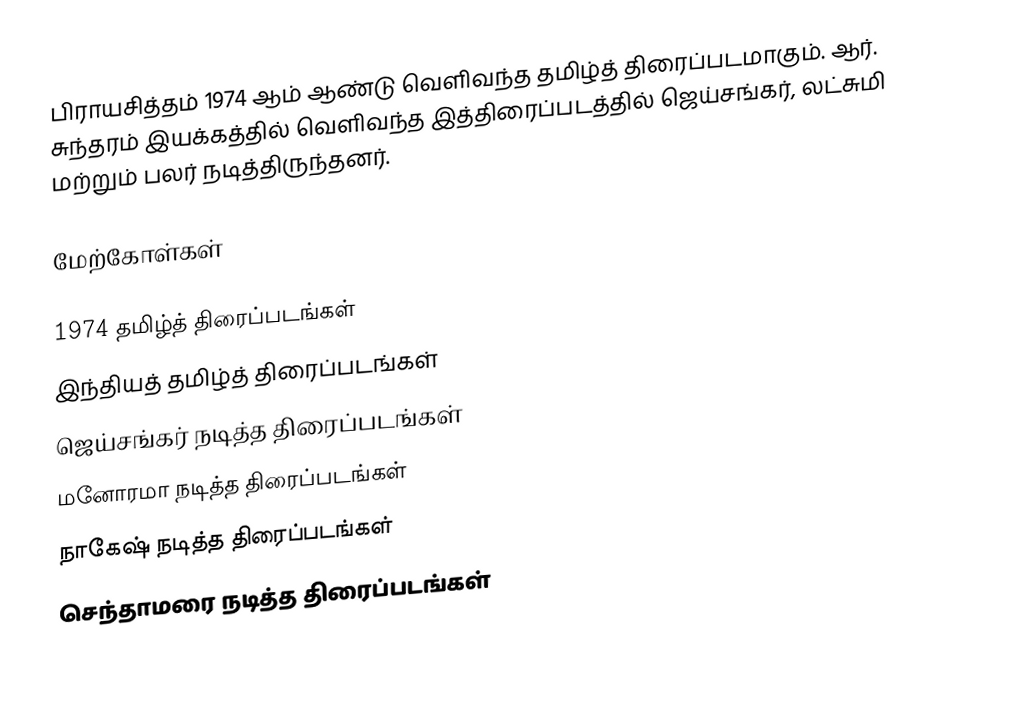
பிராயசித்தம் 1974 ஆம் ஆண்டு வெளிவந்த தமிழ்த் திரைப்படமாகும். ஆர். சுந்தரம் இயக்கத்தில் வெளிவந்த இத்திரைப்படத்தில் ஜெய்சங்கர், லட்சுமி மற்றும் பலர் நடித்திருந்தனர்.

மேற்கோள்கள்

1974 தமிழ்த் திரைப்படங்கள்
இந்தியத் தமிழ்த் திரைப்படங்கள்
ஜெய்சங்கர் நடித்த திரைப்படங்கள்
மனோரமா நடித்த திரைப்படங்கள்
நாகேஷ் நடித்த திரைப்படங்கள்
செந்தாமரை நடித்த திரைப்படங்கள்